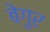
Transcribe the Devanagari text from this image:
बेगुर